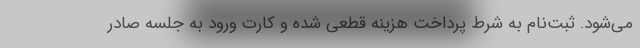
می‌شود. ثبت‌نام به شرط پرداخت هزینه قطعی شده و کارت ورود به جلسه صادر